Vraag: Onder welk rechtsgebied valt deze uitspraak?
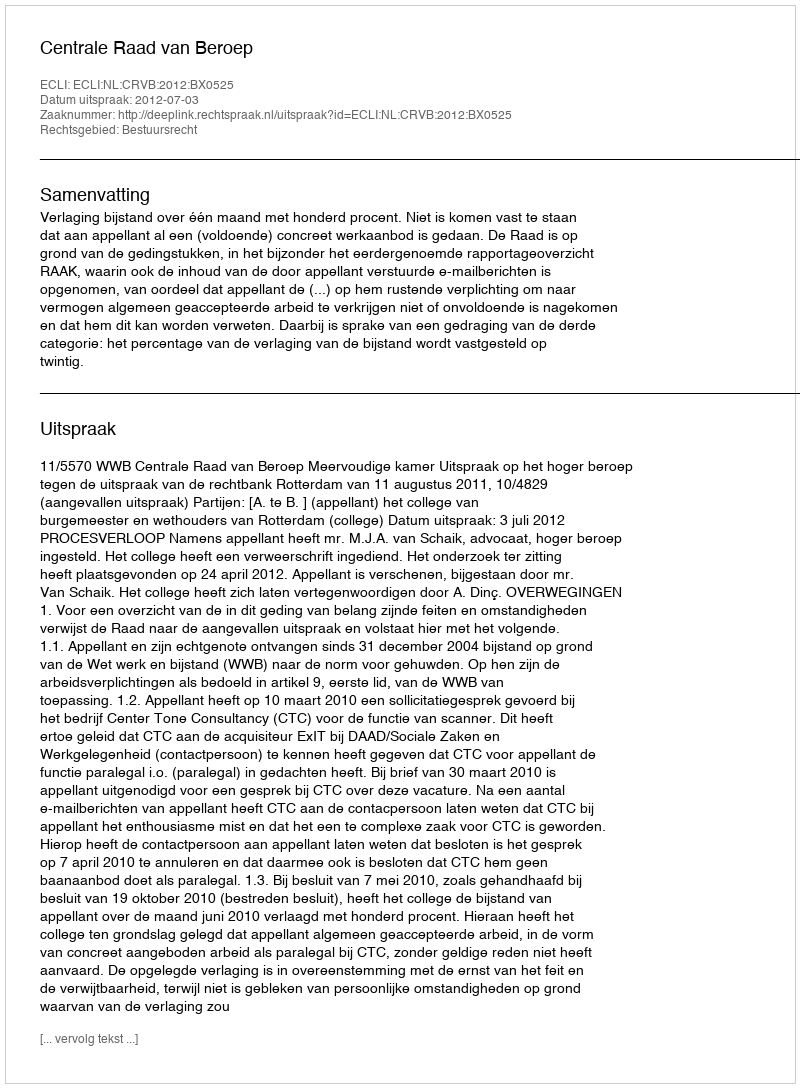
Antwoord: Bestuursrecht